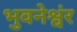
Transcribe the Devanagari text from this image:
भुवनेश्वंर